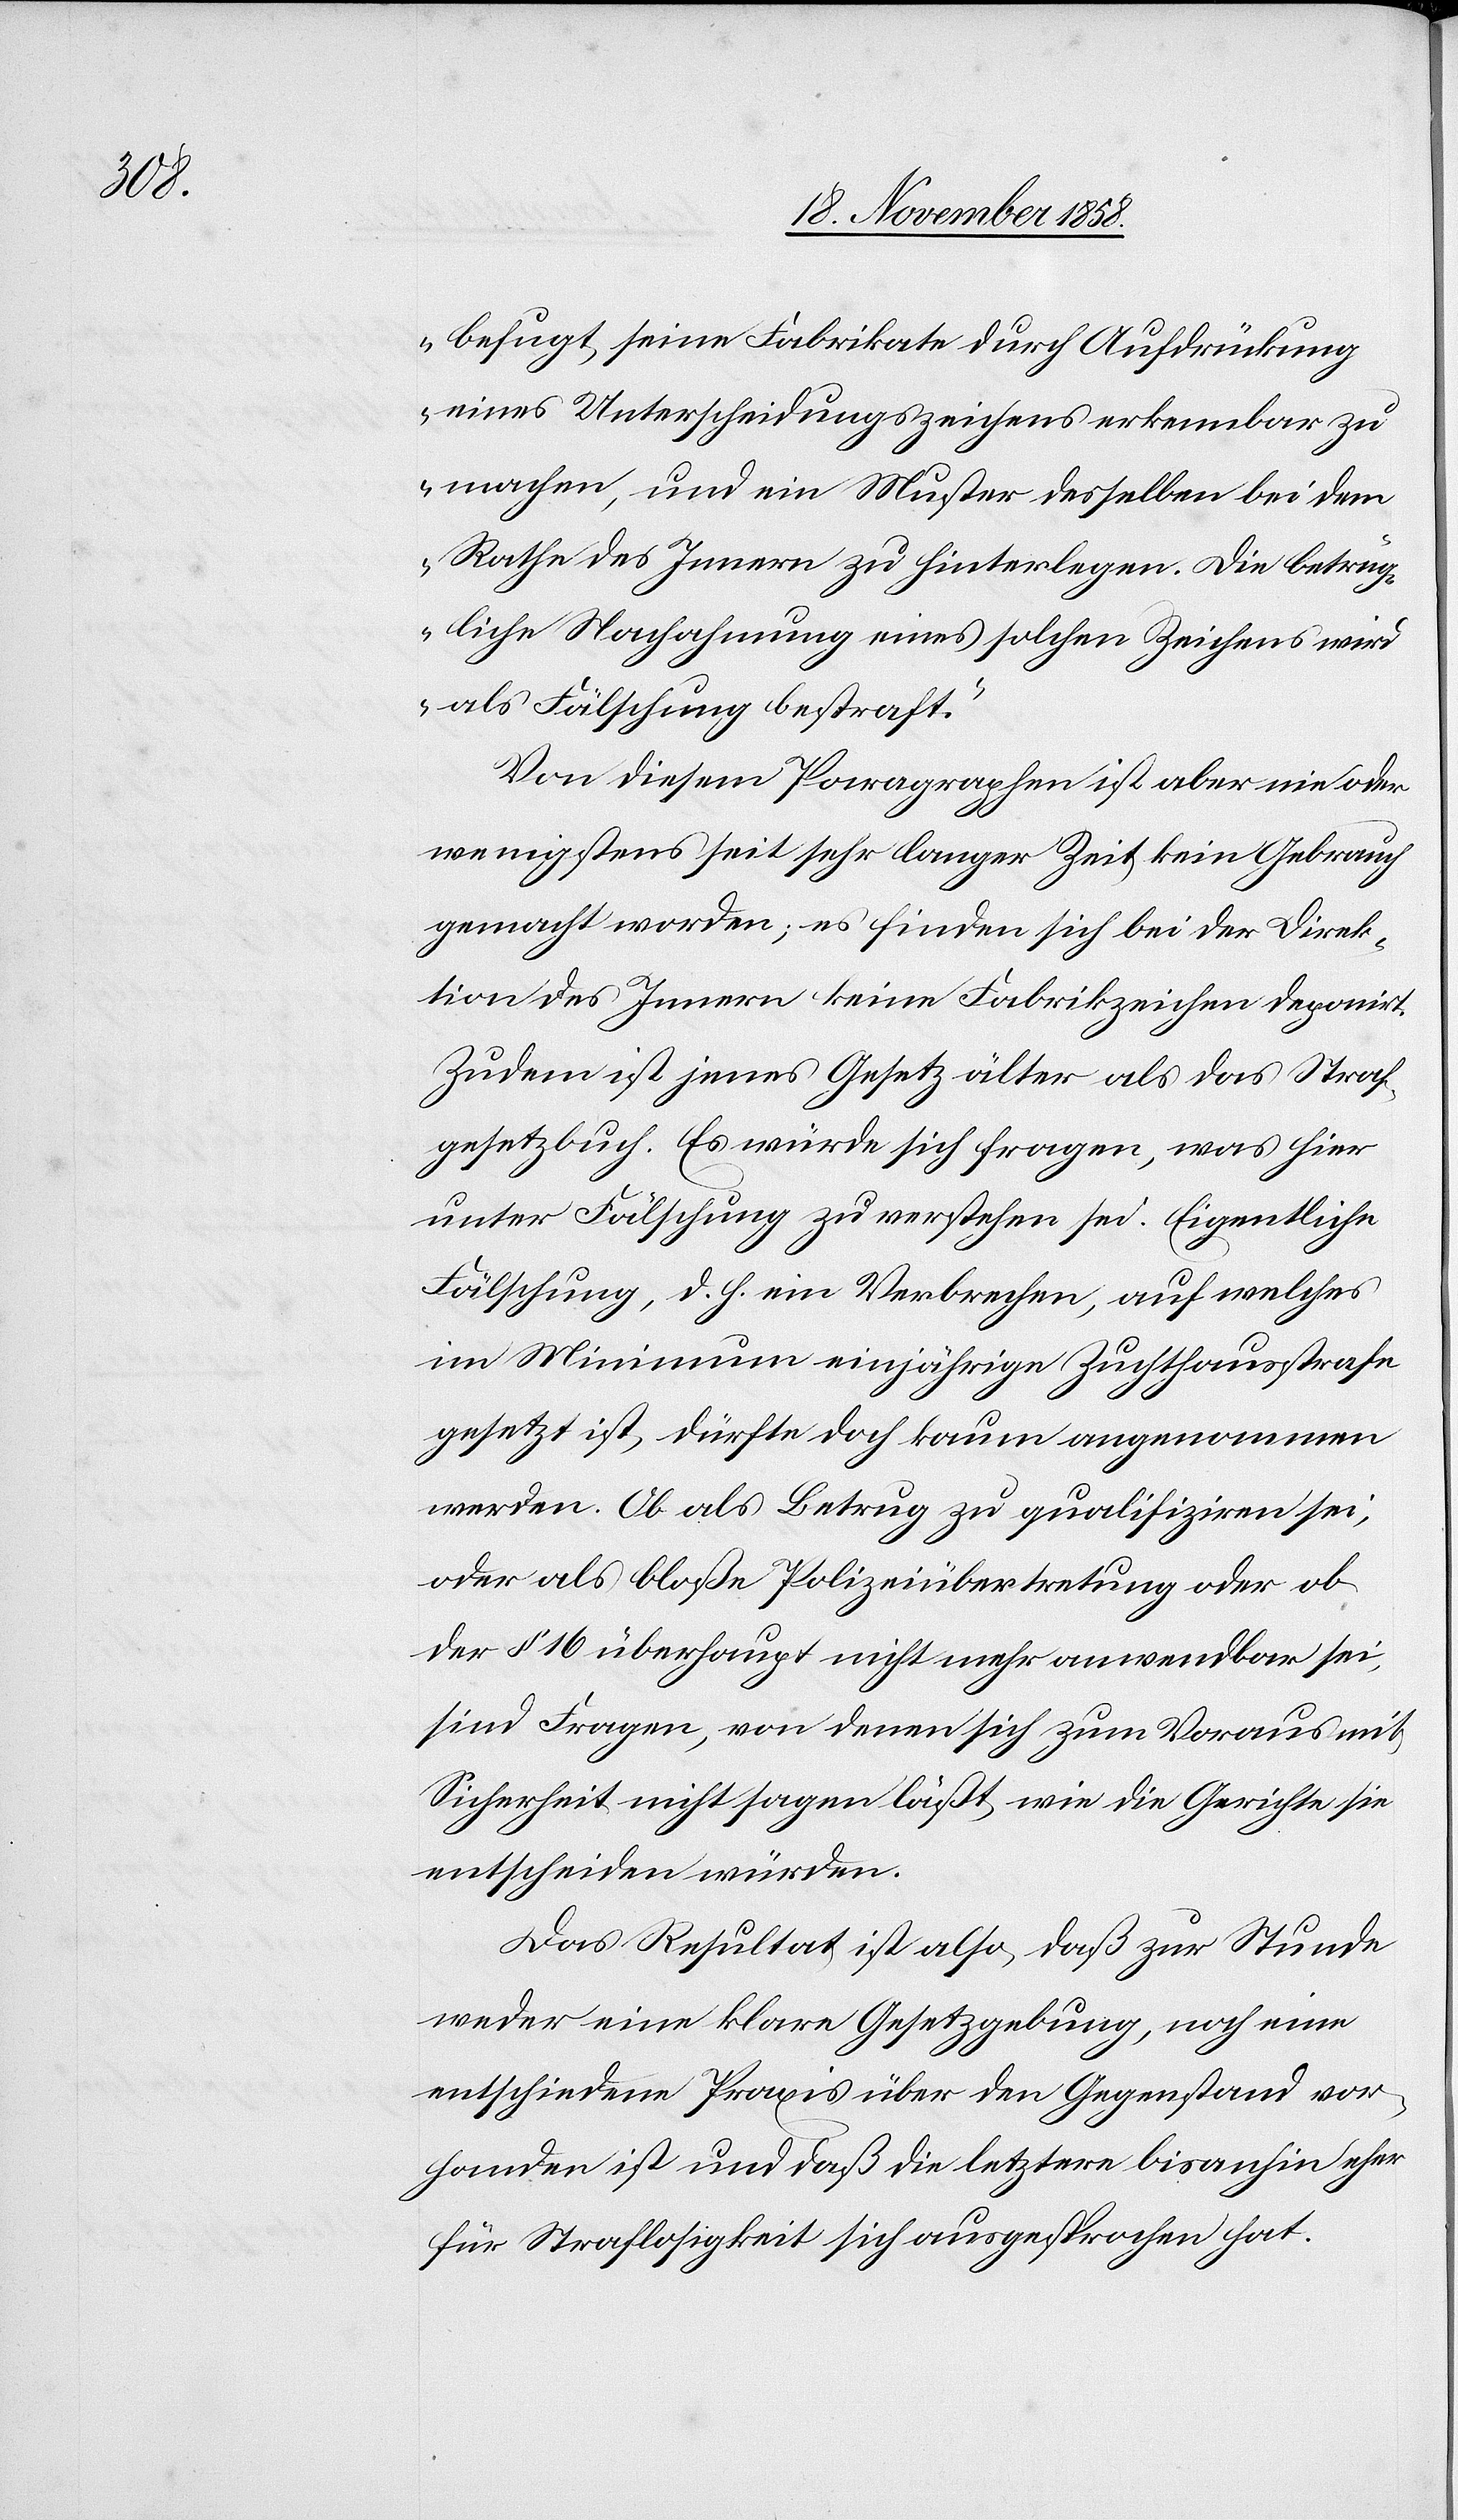
befugt, seine Fabrikate durch Aufdrückung
eines Unterscheidungszeichens erkennbar zu
machen, und ein Muster desselben bei dem
Rathe des Innern zu hinterlegen. Die betrüg¬
liche Nachahmung eines solchen Zeichens wird
als Fälschung bestraft.“
Von diesem Paragraphen ist aber nie oder
wenigstens seit sehr langer Zeit kein Gebrauch
gemacht worden; es finden sich bei der Direk¬
tion des Innern keine Fabrikzeichen deponirt.
Zudem ist jenes Gesetz älter als das Straf¬
gesetzbuch. Es würde sich fragen, was hier
unter Fälschung zu verstehen sei. Eigentliche
Fälschung, d. h. ein Verbrechen, auf welches
im Minimum einjährige Zuchthausstrafe
gesetzt ist, dürfte doch kaum angenommen
werden. Ob als Betrug zu qualifiziren sei,
oder als bloße Polizeiübertretung oder ob
der § 16 überhaupt nicht mehr anwendbar sei,
sind Fragen, von denen sich zum Voraus mit
Sicherheit nicht sagen läßt, wie die Gerichte sie
entscheiden würden.
Das Resultat ist also, daß zur Stunde
weder eine klare Gesetzgebung, noch eine
entschiedene Praxis über den Gegenstand vor¬
handen ist und daß die letztere bisanhin eher
für Straflosigkeit sich ausgesprochen hat.